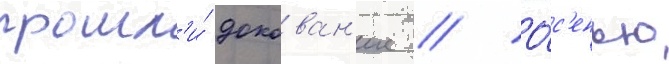
прошл'и́ докован'ие // О́с'енью